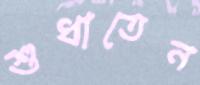
শুধাতেন